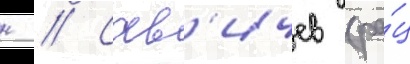
н // Сав'ичев (ра́ц